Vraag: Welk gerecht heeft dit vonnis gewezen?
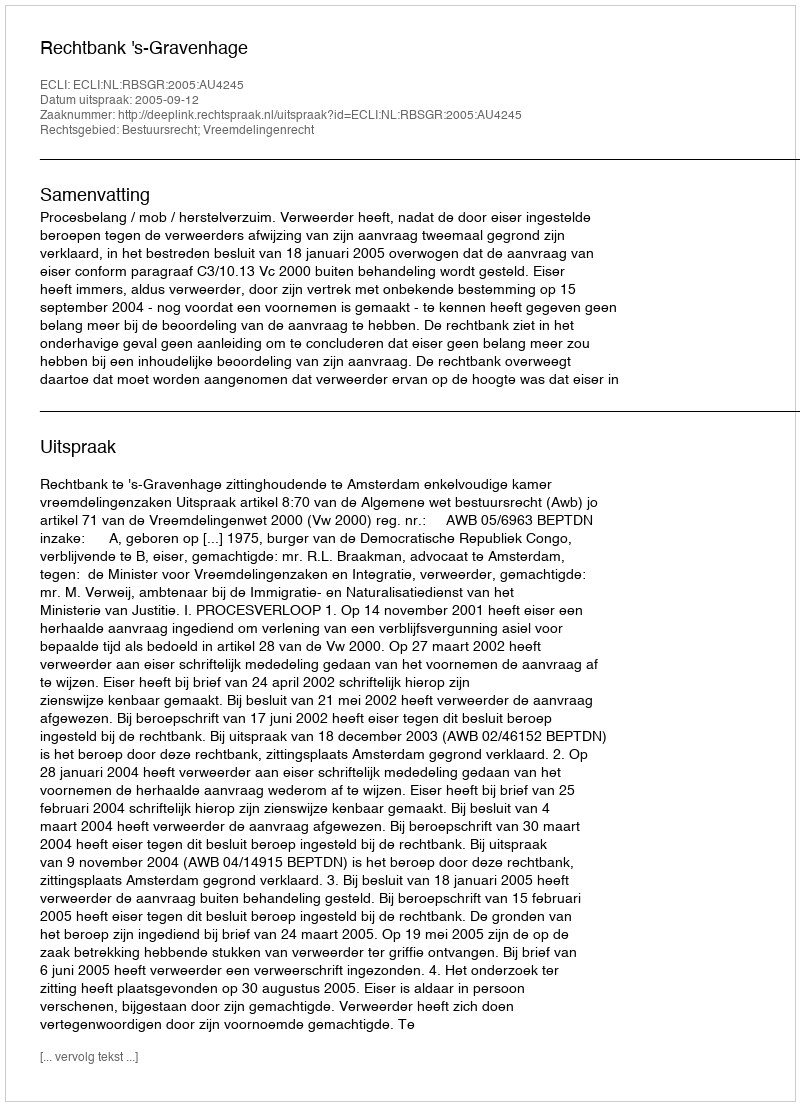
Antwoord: Rechtbank 's-Gravenhage